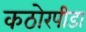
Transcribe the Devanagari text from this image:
कठोरपीडा